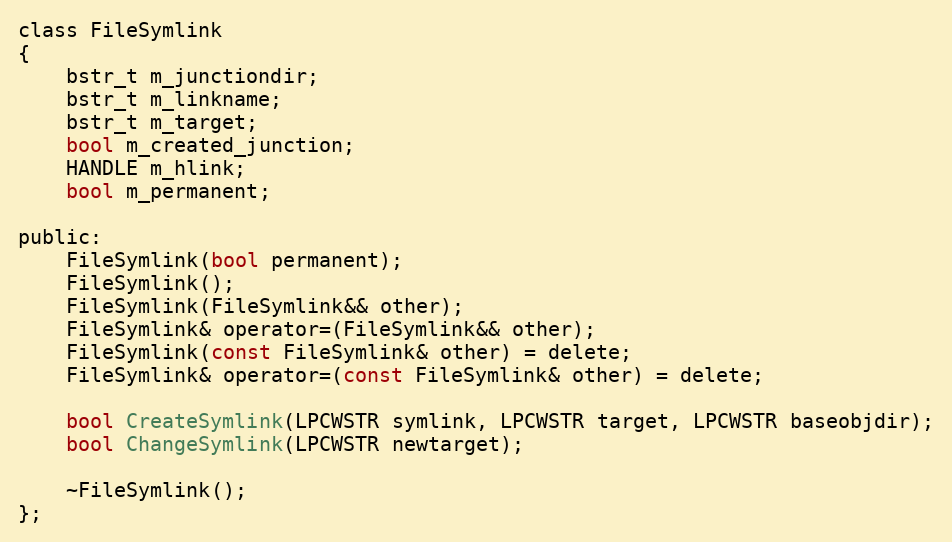
Language: C
class FileSymlink
{
	bstr_t m_junctiondir;
	bstr_t m_linkname;
	bstr_t m_target;
	bool m_created_junction;
	HANDLE m_hlink;
	bool m_permanent;

public:
	FileSymlink(bool permanent);
	FileSymlink();
	FileSymlink(FileSymlink&& other);
	FileSymlink& operator=(FileSymlink&& other);
	FileSymlink(const FileSymlink& other) = delete;
	FileSymlink& operator=(const FileSymlink& other) = delete;

	bool CreateSymlink(LPCWSTR symlink, LPCWSTR target, LPCWSTR baseobjdir);
	bool ChangeSymlink(LPCWSTR newtarget);

	~FileSymlink();
};